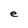
Character: e